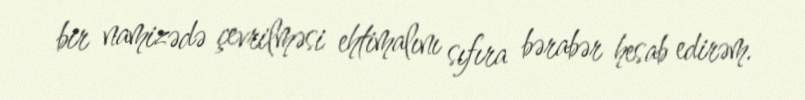
bir namizədə çevrilməsi ehtimalını sıfıra bərabər hesab edirəm.